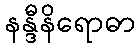
နန္ဒီနိရောဓာ